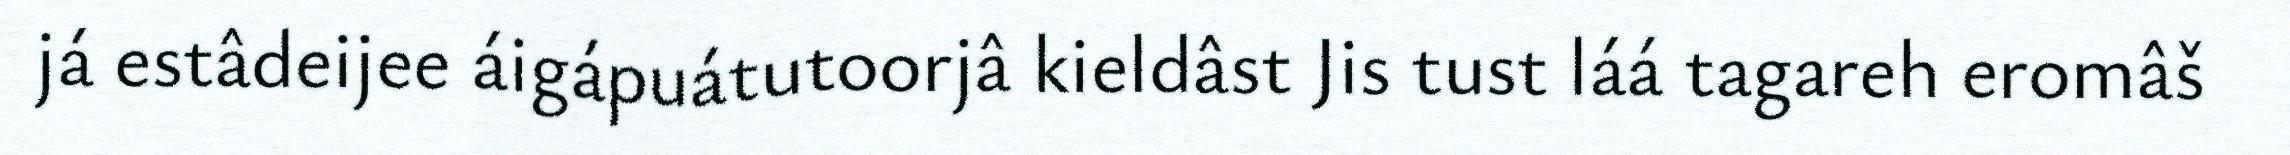
já estâdeijee áigápuátutoorjâ kieldâst Jis tust láá tagareh eromâš